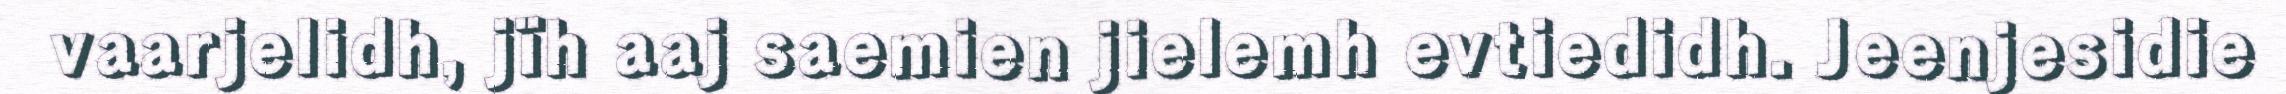
vaarjelidh, jïh aaj saemien jielemh evtiedidh. Jeenjesidie